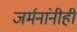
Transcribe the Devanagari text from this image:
जर्मनांनीही